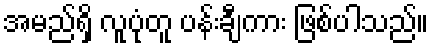
အမည်ရှိ လူပုံတူ ပန်းချီကား ဖြစ်ပါသည်။